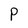
Character: P